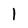
Character: l